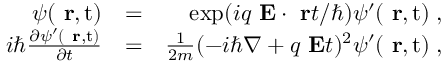
\begin{array} { r l r } { \psi ( \mathrm { { \bf ~ r } , t } ) } & { = } & { \exp ( i q \mathrm { \bf ~ E } \cdot \mathrm { \bf ~ r } t / \hbar ) \psi ^ { \prime } ( \mathrm { { \bf ~ r } , t } ) \; , } \\ { i \hbar \frac { \partial \psi ^ { \prime } ( \mathrm { { \bf ~ r } , t } ) } { \partial t } } & { = } & { \frac { 1 } { 2 m } ( - i \hbar \nabla + q \mathrm { \bf ~ E } t ) ^ { 2 } \psi ^ { \prime } ( \mathrm { { \bf ~ r } , t } ) \; , } \end{array}